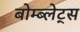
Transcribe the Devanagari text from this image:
बोम्ब्लेट्स